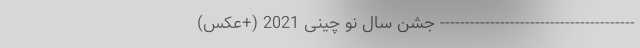
--------------------------------------- جشن سال نو چینی 2021 (+عکس)